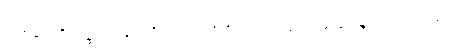
ဤအနက်ကို။ ဒဋ္ဌဗ္ဗော၊ မှတ်ထိုက်၏။ သင်္ဂတိမတ္တမေဝ၊ ပေါင်းဆုံခြင်းမျှသည်သာ။ ဖဿော၊